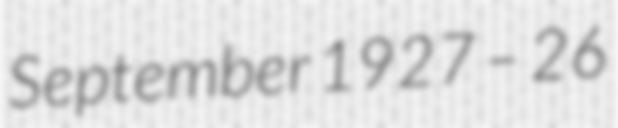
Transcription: September 1927 – 26